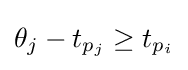
\theta _{j}-t_{p_{j}}\geq t_{p_{i}}